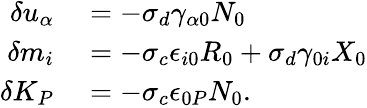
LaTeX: \begin{array}{rl}{\delta u_{\alpha}}&{{}=-\sigma_{d}\gamma_{\alpha 0}N_{0}}\\ {\delta m_{i}}&{{}=-\sigma_{c}\epsilon_{i0}R_{0}+\sigma_{d}\gamma_{0i}X_{0}}\\ {\delta K_{P}}&{{}=-\sigma_{c}\epsilon_{0P}N_{0}.}\end{array}